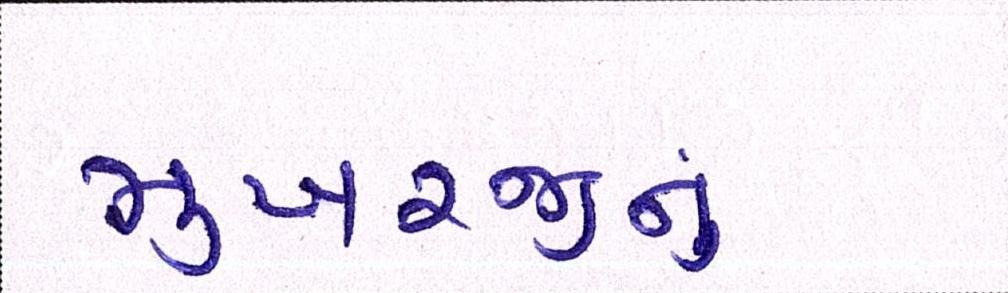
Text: મુખરજીનું